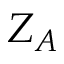
Z _ { A }